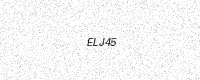
Text: ELJ45